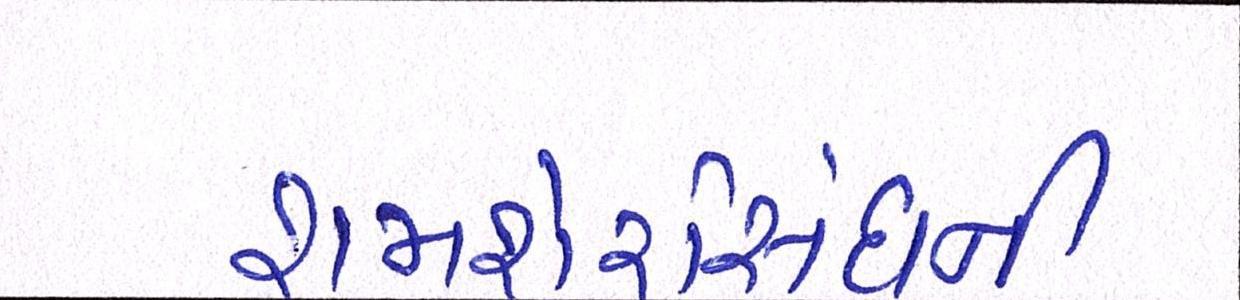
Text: શમશેરસિંઘની